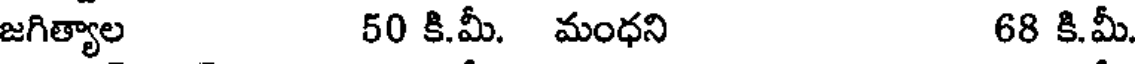
జగిత్యాల 50 కి.మీ. మంధని 68 కి.మీ